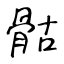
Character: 骷